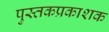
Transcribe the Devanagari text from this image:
पुस्तकप्रकाशक